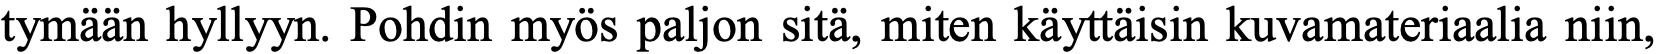
tymään hyllyyn. Pohdin myös paljon sitä, miten käyttäisin kuvamateriaalia niin,